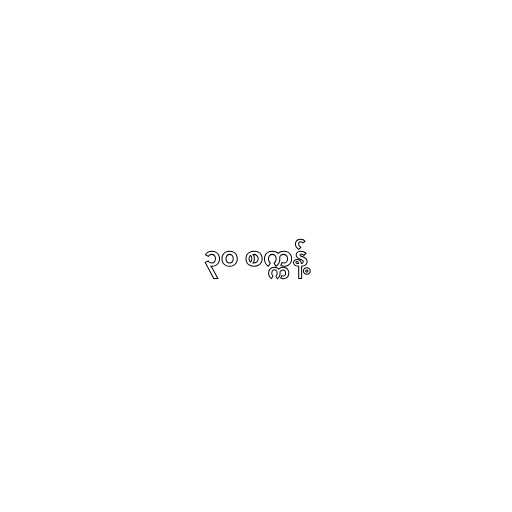
၃၀ စက္ကန့်